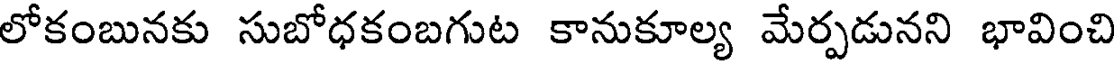
లోకంబునకు సుబోధకంబగుట కానుకూల్య మేర్పడునని భావించి